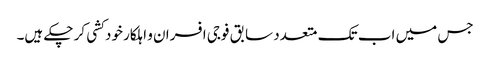
جس میں اب تک متعدد سابق فوجی افسران و اہلکار خود کشی کر چکے ہیں۔